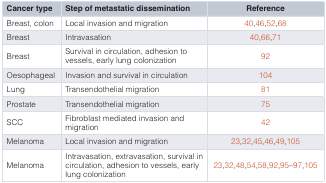
| Cancer type | Step of metastatic dissemination | Reference |
 | --- | --- | --- |
 | Breast, colon | Local invasion and migration | 40,46,52,68 |
 | Breast | Intravasation | 40,66,71 |
 | Breast | Survival in circulation, adhesion tovessels, early lung colonization | 92 |
 | Oesophageal | Invasion and survival in circulation | 104 |
 | Lung | Transendothelial migration | 81 |
 | Prostate | Transendothelial migration | 75 |
 | SCC | Fibroblast mediated invasion andmigration | 42 |
 | Melanoma | Local invasion and migration | 23,32,45,46,49,105 |
 | Melanoma | Intravasation, extravasation, survival incirculation, adhesion to vessels, earlylung colonization | 23,32,48,54,58,92,95–97,105 |